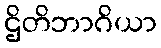
ဌိတိဘာဂိယာ